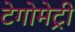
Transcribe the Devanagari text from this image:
टेगोमेट्री